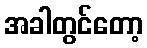
အခါတွင်တော့